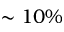
\sim 1 0 \%